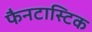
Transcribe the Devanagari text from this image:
फैनटास्टिक